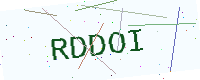
Text: RDDOI